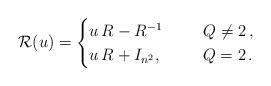
LaTeX: \begin{align*} {\mathcal R}(u) = \begin{cases} u\, R -R^{-1} \qquad\ \, Q \neq 2 \,, \\ u\, R + I_{n^2} , \qquad\ \, Q=2 \,. \end{cases}\end{align*}